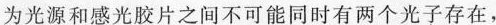
为光源和感光胶片之间不可能同时有两个光子存在，